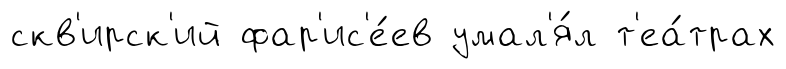
скв'ирск'ий фар'ис'е́ев умал'я́л т'еа́трах